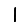
Digit: 1